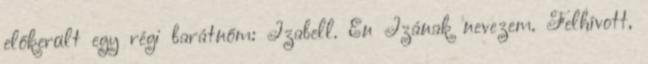
előkerült egy régi barátnőm: Izabell. Én Izának nevezem. Felhívott,